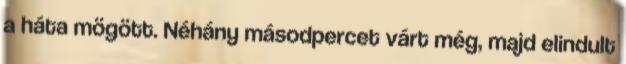
a háta mögött. Néhány másodpercet várt még, majd elindult